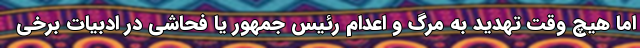
اما هیچ وقت تهدید به مرگ و اعدام رئیس جمهور یا فحاشی در ادبیات برخی